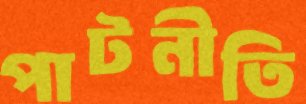
পাটনীতি